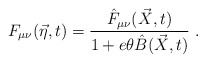
\begin{align*}F_{\mu\nu} (\vec{\eta},t)= \frac{\hat{F}_{\mu\nu} (\vec{X} ,t)}{1+e\theta \hat{B} (\vec{X},t)}\ .\end{align*}